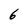
Character: 6